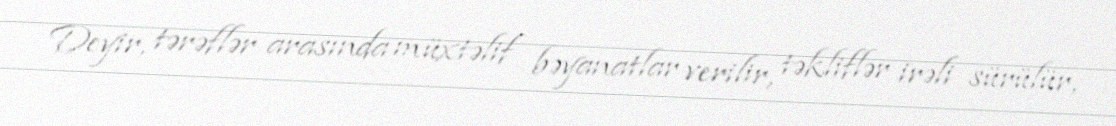
Deyir, tərəflər arasında müxtəlif bəyanatlar verilir, təkliflər irəli sürülür,